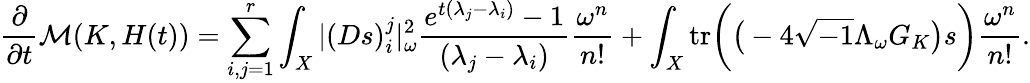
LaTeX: \frac{\partial}{\partial t}\mathcal{M}(K,H(t))=\sum_{i,j=1}^{r}\int_{X}|(Ds)_{i}^{j}|_{\omega}^{2}\frac{e^{t(\lambda_{j}-\lambda_{i})}-1}{(\lambda_{j}-\lambda_{i})}\frac{\omega^{n}}{n!}+\int_{X}\mathrm{tr}\bigg(\big(-4\sqrt{-1}\Lambda_{\omega}G_{K}\big)s\bigg)\frac{\omega^{n}}{n!}.